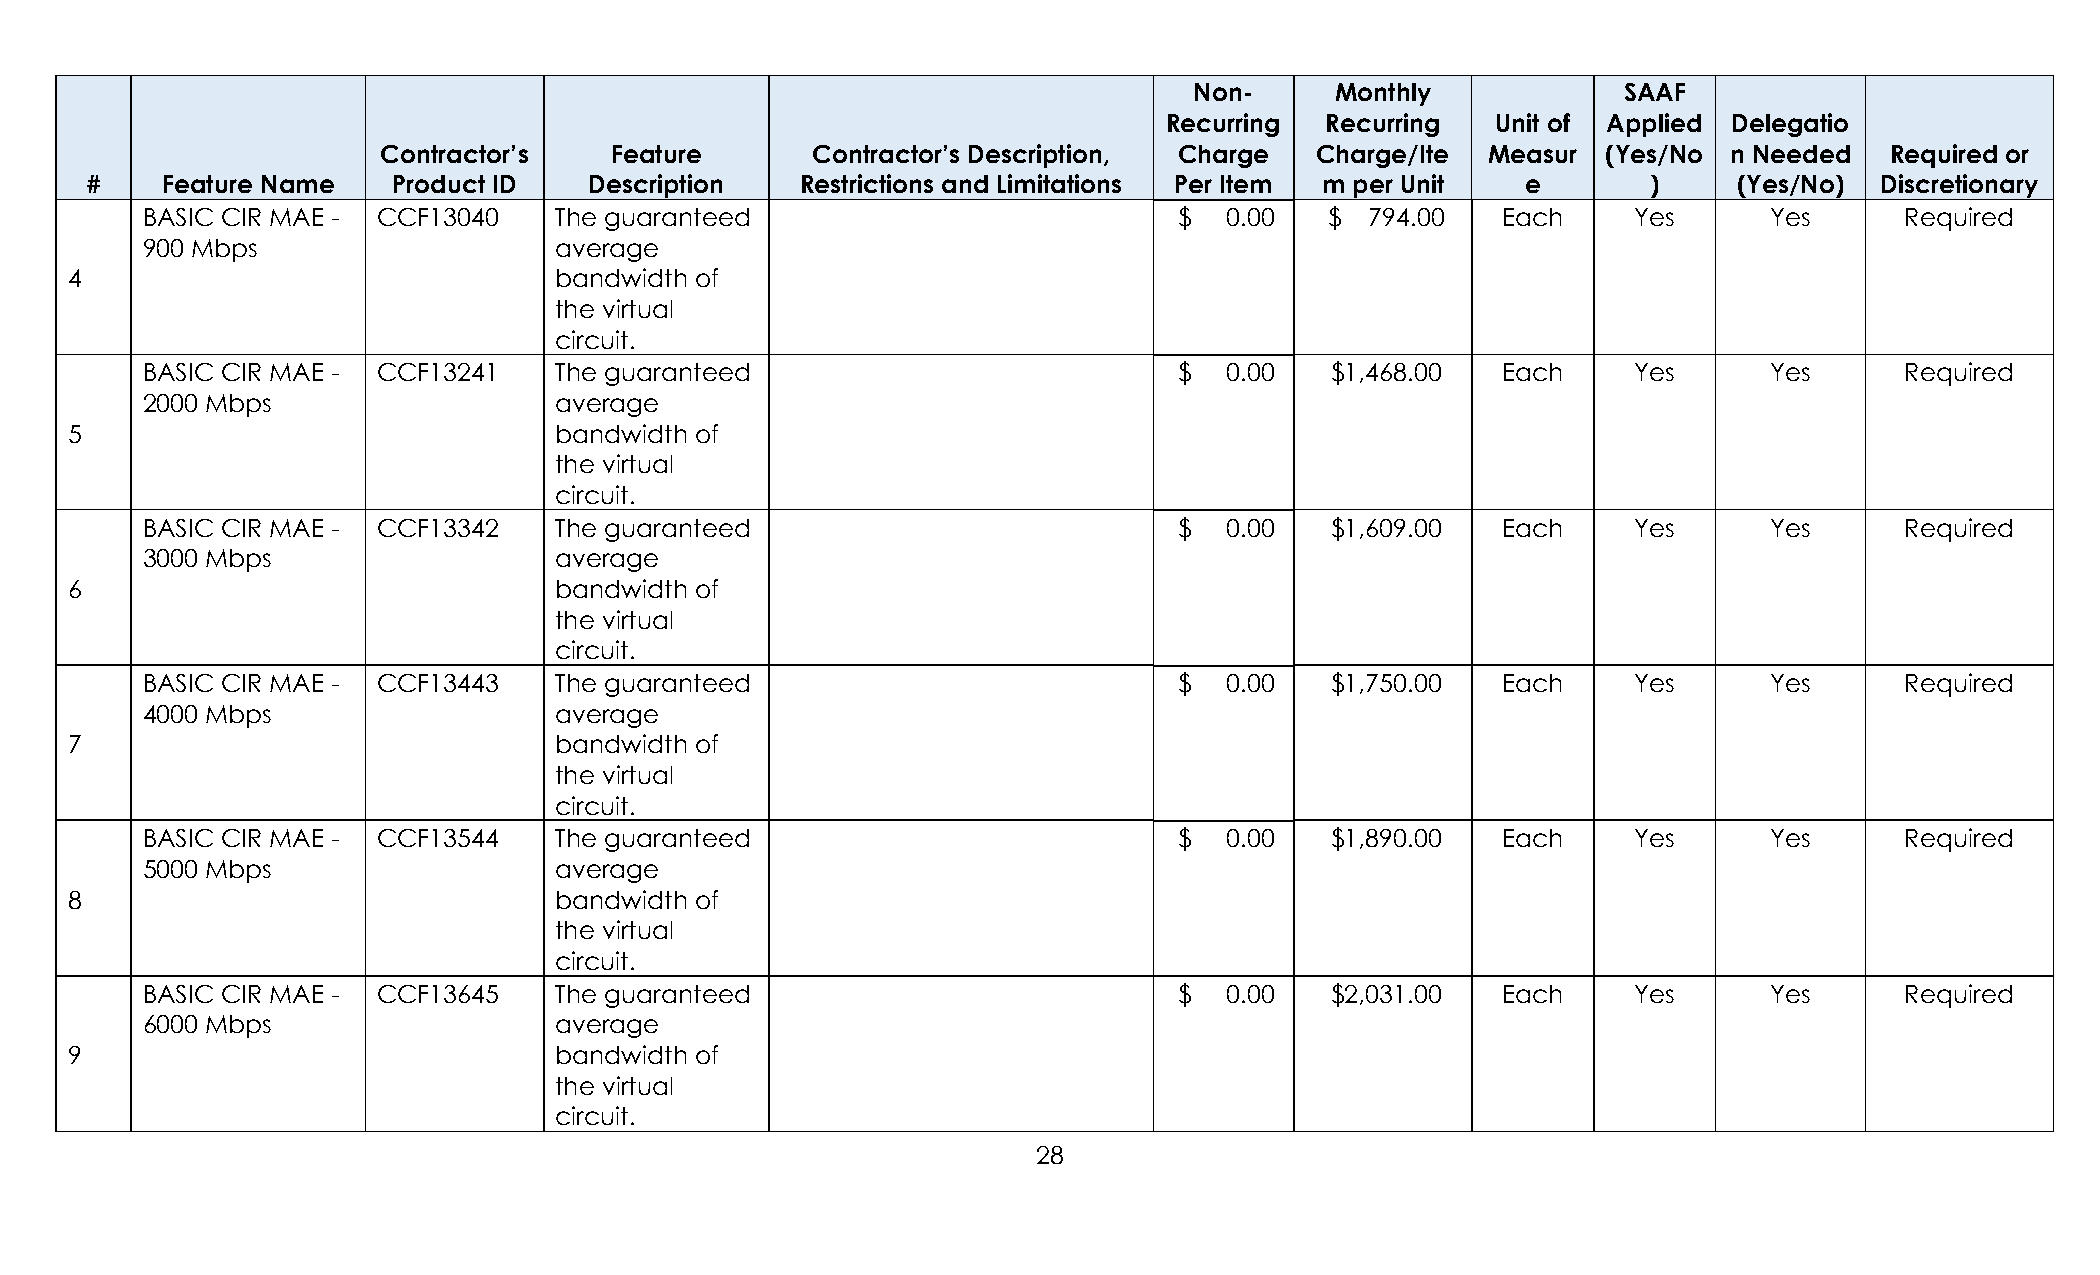
Non-     Monthly            SAAF
 Recurring  Recurring  Unit of Applied Delegatio
 Contractor’s   Feature       Contractor’s Description, Charge Charge/Ite  Measur (Yes/No  n Needed  Required or
 #    Feature Name   Product ID   Description   Restrictions and Limitations Per Item m per Unit e      )     (Yes/No) Discretionary
 BASIC CIR MAE - CCF13040    The guaranteed                           $  0.00   $  794.00  Each     Yes      Yes      Required
 900 Mbps                    average
 4                                bandwidth of
 the virtual
 circuit.
 BASIC CIR MAE - CCF13241    The guaranteed                           $  0.00   $1,468.00  Each     Yes      Yes      Required
 2000 Mbps                   average
 5                                bandwidth of
 the virtual
 circuit.
 BASIC CIR MAE - CCF13342    The guaranteed                           $  0.00   $1,609.00  Each     Yes      Yes      Required
 3000 Mbps                   average
 6                                bandwidth of
 the virtual
 circuit.
 BASIC CIR MAE - CCF13443    The guaranteed                           $  0.00   $1,750.00  Each     Yes      Yes      Required
 4000 Mbps                   average
 7                                bandwidth of
 the virtual
 circuit.
 BASIC CIR MAE - CCF13544    The guaranteed                           $  0.00   $1,890.00  Each     Yes      Yes      Required
 5000 Mbps                   average
 8                                bandwidth of
 the virtual
 circuit.
 BASIC CIR MAE - CCF13645    The guaranteed                           $  0.00   $2,031.00  Each     Yes      Yes      Required
 6000 Mbps                   average
 9                                bandwidth of
 the virtual
 circuit.
 28